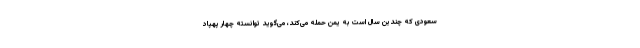
سعودی که چندین سال است به یمن حمله می‌کند، می‌گوید توانسته چهار پهپاد